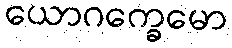
ယောဂက္ခေမော